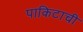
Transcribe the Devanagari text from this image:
पाकिटाची